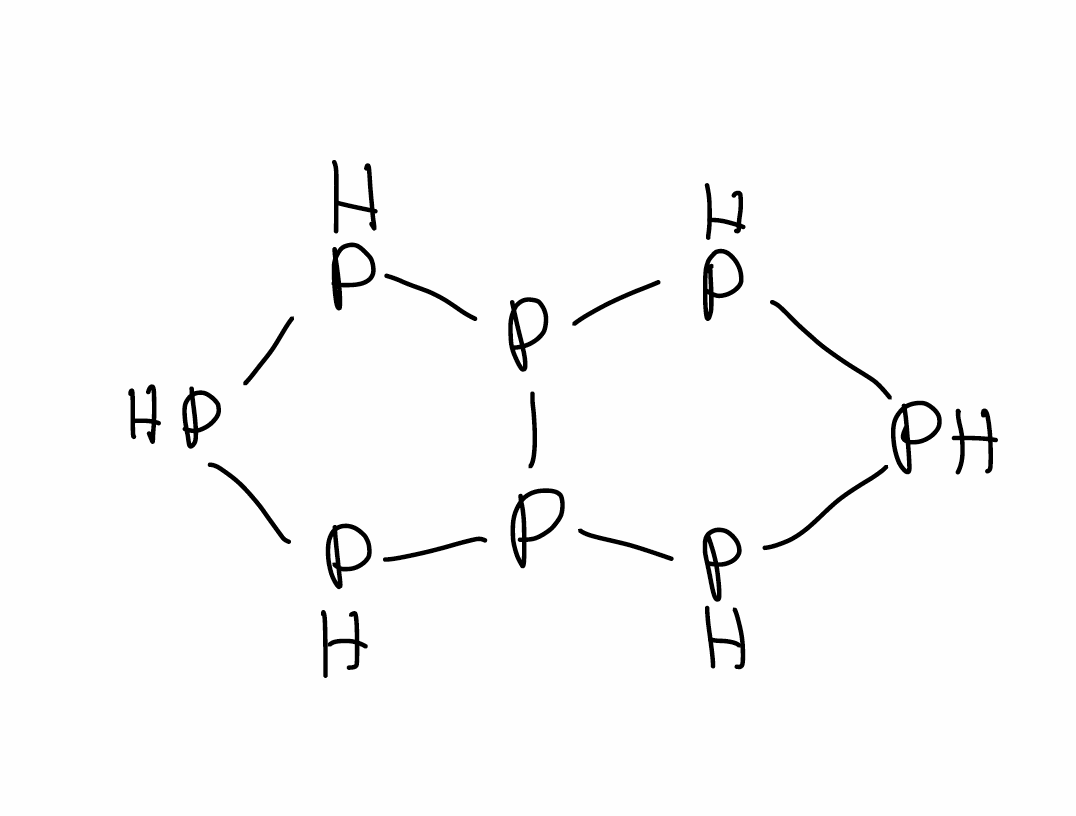
Simplified molecular-input line-entry system (SMILES) notation of the given molecule:
P1PP2PPPP2P1